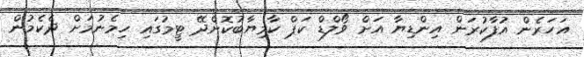
އަހަރެން އުފާކުރަން އިންޑިޔާ އަށް ވޯލްޑް ކަޕް ކާމިޔާބުކޮށްދޭ ޓީމުގައި ހިމެނުމަށް ދެކެމުން